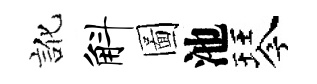
訛斛圖池琴